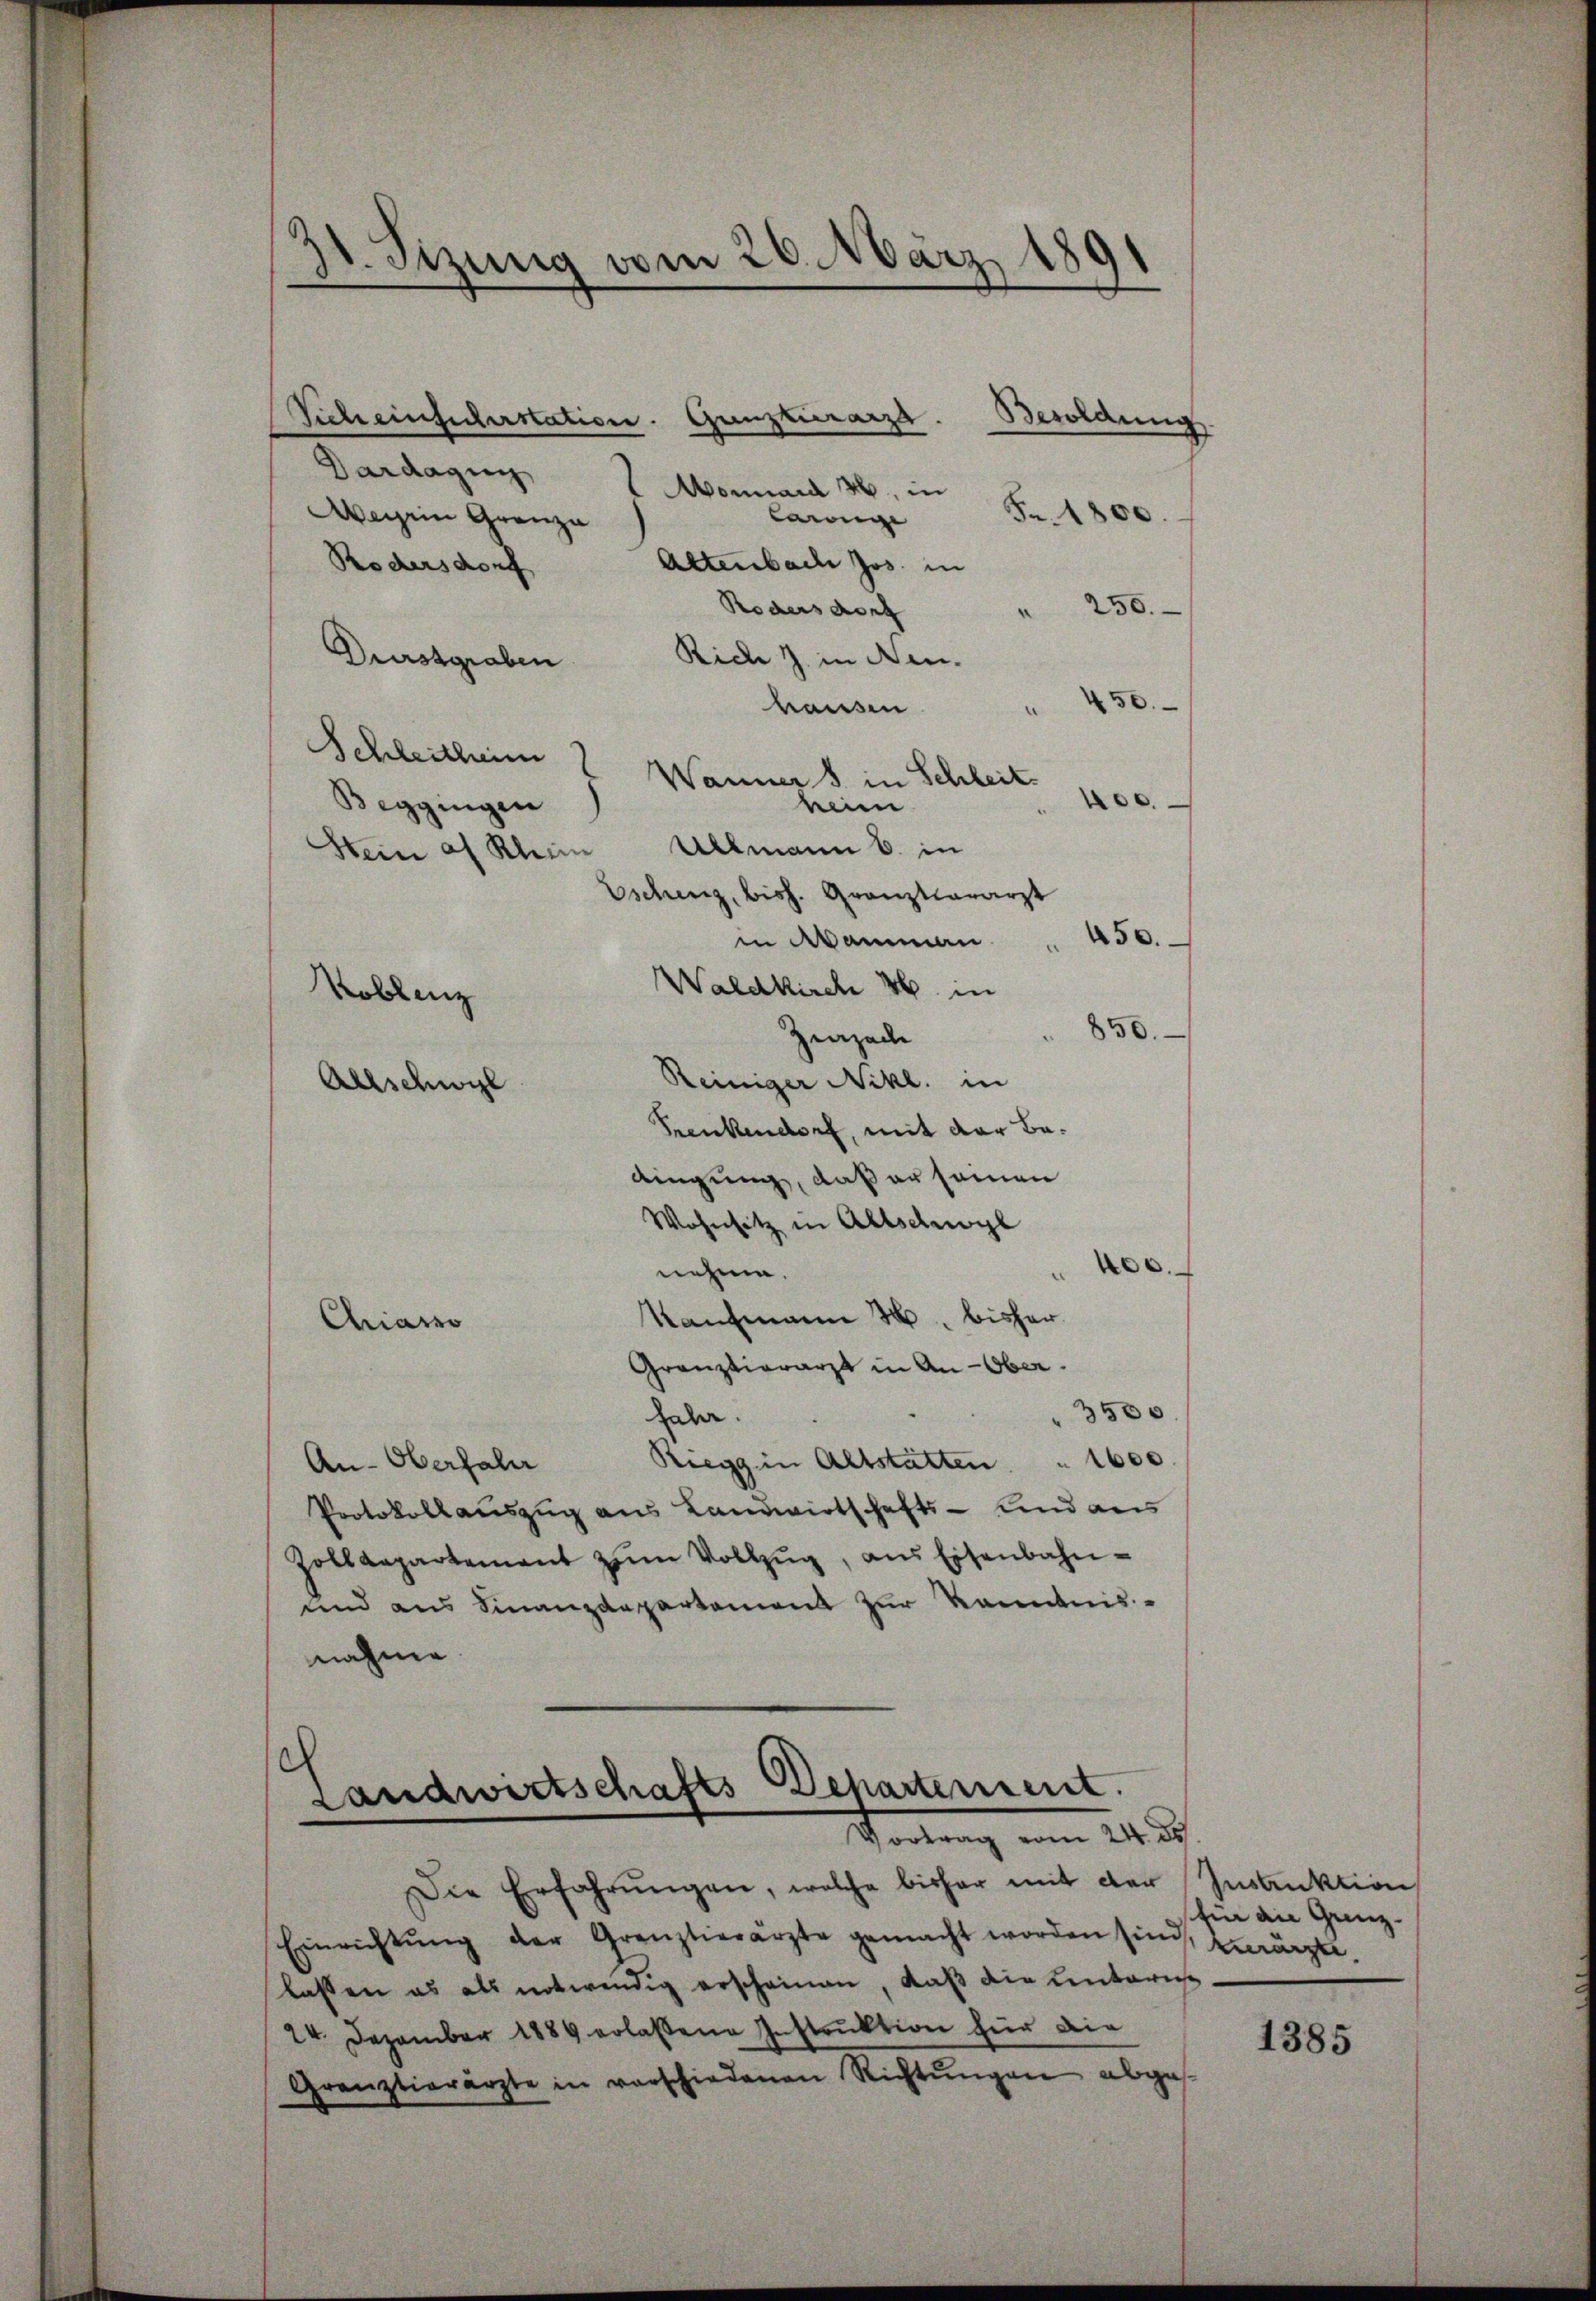
31. Sizung vom 26. März 1891

Sicheinsicherstation. Gunstierarza.
Dardagun
Monnard 36, in
Werein Granza
lange
Altenbach Jos. in
Rödersdorf
" 250.
Rodens dort
Durstgraben
Riche Z. in Neu-
50.
hausen
.
Schleithin
Wänner 8 in Schleit
00.
Beggingen
ein
Ullmann B. in
Stein af Klein
Eschen, bish. Granzkararzt
450.
in Mammann
Waldkirch 36. in
Koblenz
850.
Zizade
Reiniger Nikl. in
Allschwyl
Prenkendorf, mit der Bedingung, daß er seinen
Wohnsitz in Allschwyl
.
nehme.
Kaufmann 2 bisher
Chiasso
Granzvierarzt in An-Ober
3500
da.
Riegg in Altstatten " 1600.
An-Oberfahr
Protokollauszug aus Landwirtschafts- und aus
Zolldepartement zum Vollzŭg, aus Eisenbahn¬
und aus Finanzdepartement zur Kenntnis-
nahme

Fr. 1800.

Besoldung

c
Landwirtschafts-Departement.
Portung vom 24.

Die Erfahrŭngen, welche bisher mit der
Einrichtŭng der Grenztierärzte gemacht worden sind, verärzte.
lassen es als notwendig erscheinen, daß die Lentaris
24. Dezember 1889 erlassene Instruktion für die
Grenztierärzte in vorschiedenen Richtŭngen abges.

Instruktion
hin an Grenz.

1385